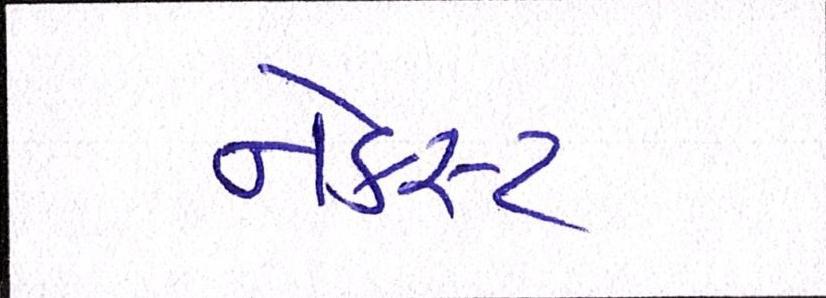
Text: નેક્સ્ટ